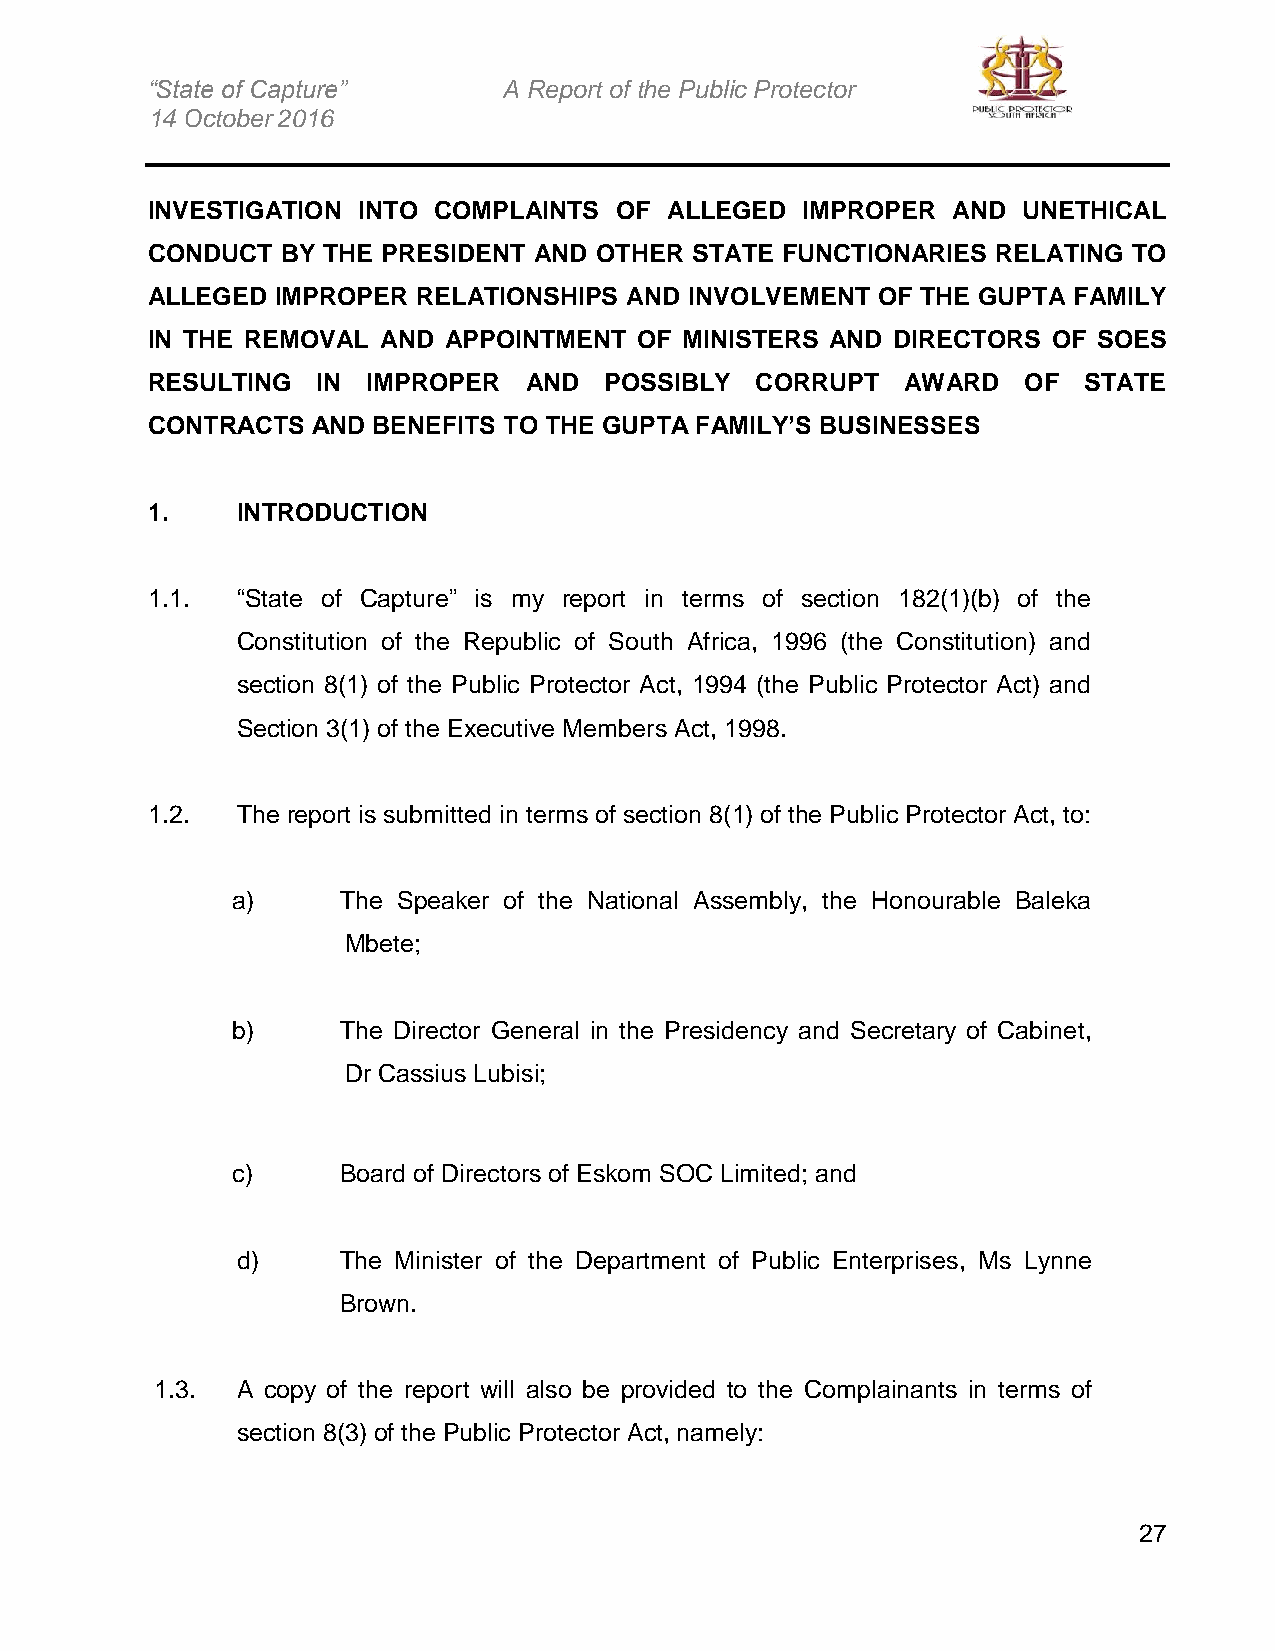
“State of Capture”     A Report of the Public Protector
 14 October 2016
 INVESTIGATION INTO COMPLAINTS  OF ALLEGED  IMPROPER  AND  UNETHICAL
 CONDUCT  BY THE PRESIDENT AND OTHER STATE FUNCTIONARIES RELATING TO
 ALLEGED IMPROPER  RELATIONSHIPS AND INVOLVEMENT OF THE GUPTA FAMILY
 IN THE REMOVAL AND APPOINTMENT  OF MINISTERS AND DIRECTORS  OF SOES
 RESULTING  IN IMPROPER   AND  POSSIBLY  CORRUPT   AWARD   OF  STATE
 CONTRACTS  AND BENEFITS TO THE GUPTA FAMILY’S BUSINESSES
 1.    INTRODUCTION
 1.1.  “State of Capture” is my report in terms of section 182(1)(b) of the
 Constitution of the Republic of South Africa, 1996 (the Constitution) and
 section 8(1) of the Public Protector Act, 1994 (the Public Protector Act) and
 Section 3(1) of the Executive Members Act, 1998.
 1.2.  The report is submitted in terms of section 8(1) of the Public Protector Act, to:
 a)     The Speaker of the National Assembly, the Honourable Baleka
 Mbete;
 b)     The Director General in the Presidency and Secretary of Cabinet,
 Dr Cassius Lubisi;
 c)     Board of Directors of Eskom SOC Limited; and
 d)    The Minister of the Department of Public Enterprises, Ms Lynne
 Brown.
 1.3.  A copy of the report will also be provided to the Complainants in terms of
 section 8(3) of the Public Protector Act, namely:
 27